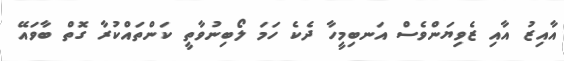
އާއިޒު އާއި ޒެވިޔަންވެސް އަނބިމީހާ ދެކެ ހަމަ ލޯބިނުވާތީ ކަންތައްކުރާ ގޮތް ބާވައޭ